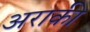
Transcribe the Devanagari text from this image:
अराकी